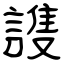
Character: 謢